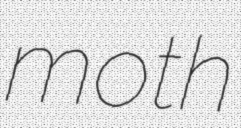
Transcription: moth